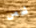
شخص